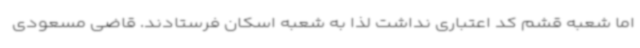
اما شعبه قشم کد اعتباری نداشت لذا به شعبه اسکان فرستادند. قاضی مسعودی